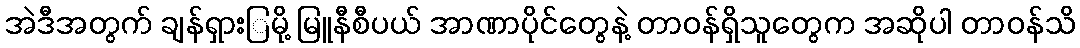
အဲဒီအတွက် ချန်ရှားြမို့ မြူနီစီပယ် အာဏာပိုင်တွေနဲ့ တာဝန်ရှိသူတွေက အဆိုပါ တာဝန်သိ